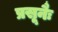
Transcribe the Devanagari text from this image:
प्रसूनैः